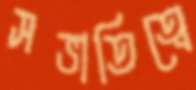
সভাতিত্বে